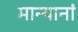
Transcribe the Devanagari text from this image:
मान्यानां